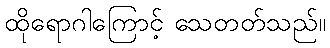
ထိုရောဂါကြောင့် သေတတ်သည်။